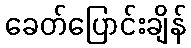
ခေတ်ပြောင်းချိန်